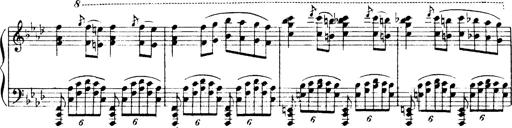
Title: Magyar dalok
Composer: Franz Liszt